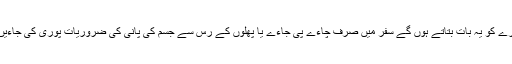
کیا کہیں یہ میران کاروان سفر ایک دوسرے کو یہ بات بتاتے ہوں گے سفر میں صرف چاءے پی جاءے یا پھلوں کے رس سے جسم کی پانی کی ضروریات پوری کی جاءیں؛ کہ عام پانی پینا انتہاءی خطرناک ہے۔